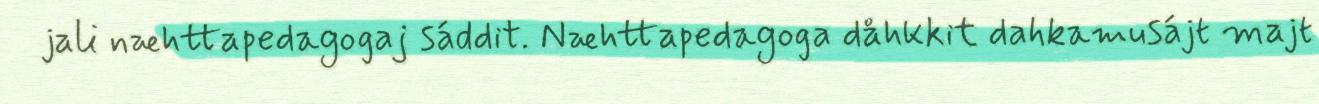
jali næhttapedagogaj sáddit. Næhttapedagoga dåhkkit dahkamusájt majt